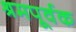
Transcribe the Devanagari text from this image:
श्रमपूर्वक